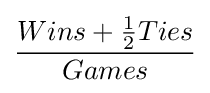
{\frac {Wins+{\frac {1}{2}}Ties}{Games}}